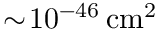
\sim \! 1 0 ^ { - 4 6 } \, \mathrm { c m } ^ { 2 }